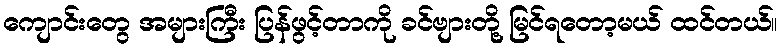
ကျောင်းတွေ အများကြီး ပြန်ဖွင့်တာကို ခင်ဗျားတို့ မြင်ရတော့မယ် ထင်တယ်။